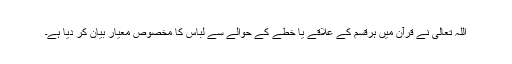
اللہ تعالیٰ نے قرآن میں ہرقسم کے علاقے یا خطے کے حوالے سے لباس کا مخصوص معیار بیان کر دیا ہے۔